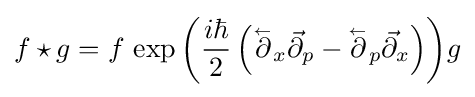
f\star g=f\,\exp {\left({\frac {i\hbar }{2}}\left({\overset {_{\gets }}{\partial }}_{x}{\vec {\partial }}_{p}-{\overset {_{\gets }}{\partial }}_{p}{\vec {\partial }}_{x}\right)\right)}g